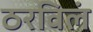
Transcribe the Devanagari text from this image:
ठरविलं